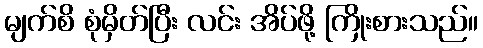
မျက်စိ စုံမှိတ်ပြီး လင်း အိပ်ဖို့ ကြိုးစားသည်။